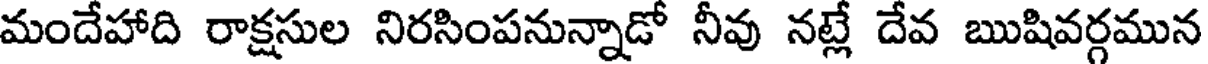
మందేహాది రాక్షసుల నిరసింపనున్నాడో నీవు నట్లే దేవ ఋషివర్గమున